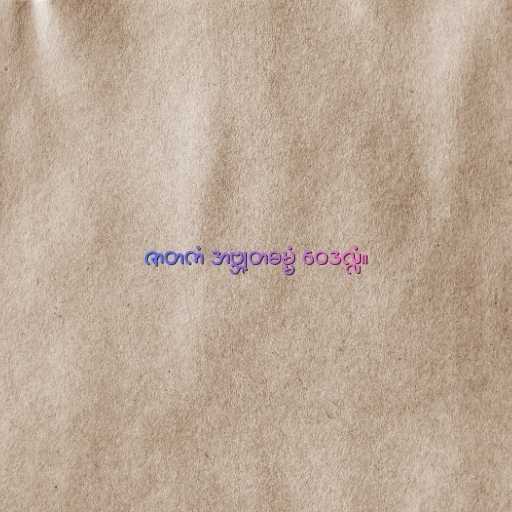
ဇာတကံ အဗ္ဘုတဓမ္မံ ဝေဒလ္လံ။